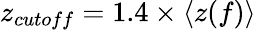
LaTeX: z_{cutoff}=1.4\times\left<z(f)\right>